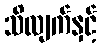
သိလျက်နှင့်